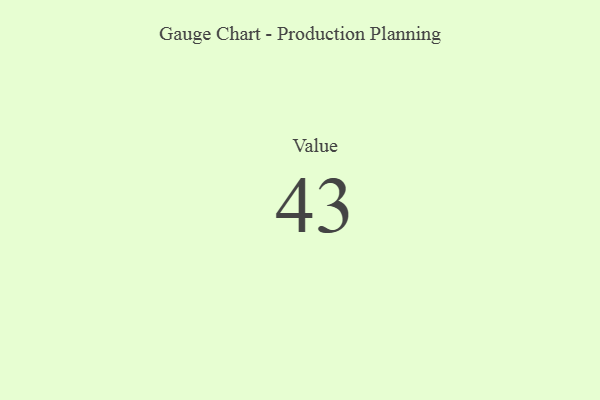
{"axis": {"x": "Metric", "y": "Value"}, "legend": [""], "data": [{"x": "Value", "y": 43, "type": ""}]}